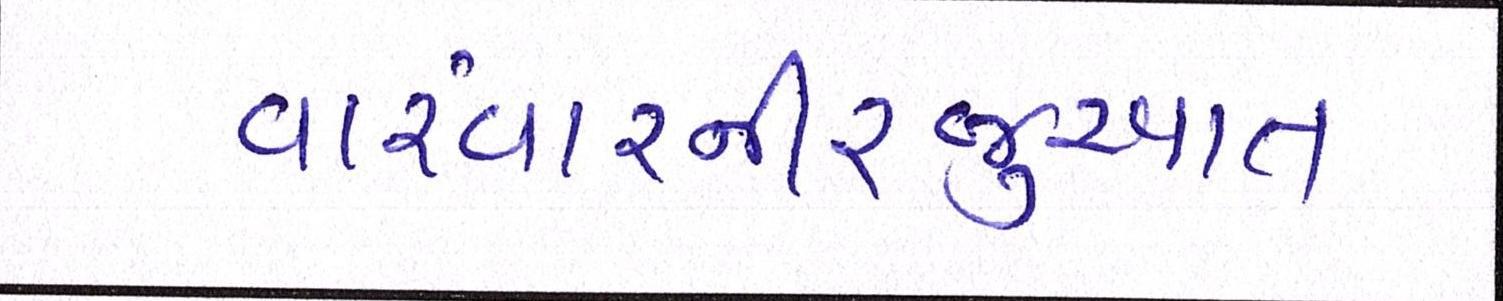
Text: વારંવારનીરજુઆત